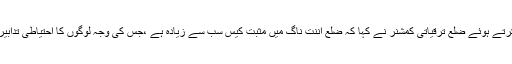
ذرائع ابلاغ سے بات کرتے ہوئے ضلع ترقیاتی کمشنر نے کہا کہ ضلع اننت ناگ میں مثبت کیس سب سے زیادہ ہے ،جس کی وجہ لوگوں کا احتیاطی تدابیر پر کم عمل کرنا ہے ۔